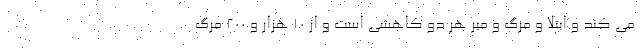
می کند و ابتلا و مرگ و میر هر دو کاهشی است و از 10 هزار و 200 مرگ